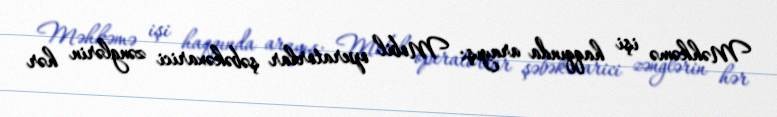
Məhkəmə işi haqqında arayış: Mobil operatorlar şəbəkəxarici zənglərin hər